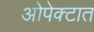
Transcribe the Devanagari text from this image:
ओपेक्टात